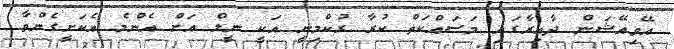
އޭވިއޭޝަން ދާއިރާގައި މަސައްކަތް ކުރާ ރުކްމިނީ އަކީ ނީލް އަށް އެންމެ އެކަށީގެންވާ